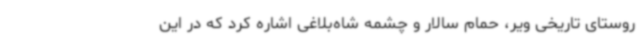
روستای تاریخی ویر، حمام سالار و چشمه شاه‌بلاغی اشاره کرد که در این